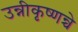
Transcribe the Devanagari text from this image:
उन्नीकृष्णन्चे